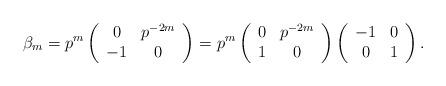
LaTeX: \begin{align*} \beta_m = p^m \left(\begin{array}{cc} 0 & p^{-2m} \\ -1 & 0\end{array}\right) = p^m\left(\begin{array}{cc} 0 & p^{-2m} \\ 1 & 0\end{array}\right)\left(\begin{array}{cc} -1 & 0 \\ 0 & 1\end{array}\right).\end{align*}